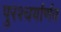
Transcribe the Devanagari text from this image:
पुरश्चर्यार्णव